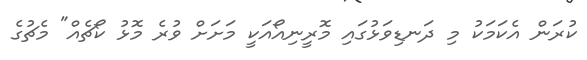
ކުރަން އެކަމަކު މި ދަނޑިވަޅުގައި މޮރީނިއޯއަކީ މަށަށް ވުރެ މޮޅު ކޯޗެއް" މެޗުގެ